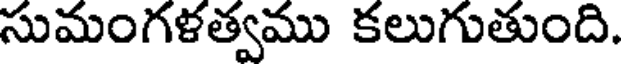
సుమంగళత్వము కలుగుతుంది.